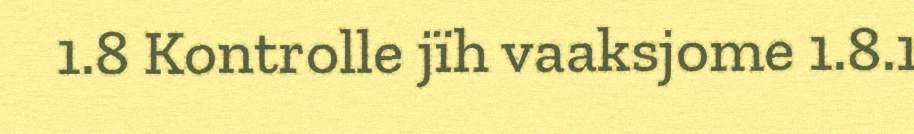
1.8 Kontrolle jïh vaaksjome 1.8.1